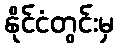
နိုင်ငံတွင်းမှ